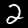
Label: 2